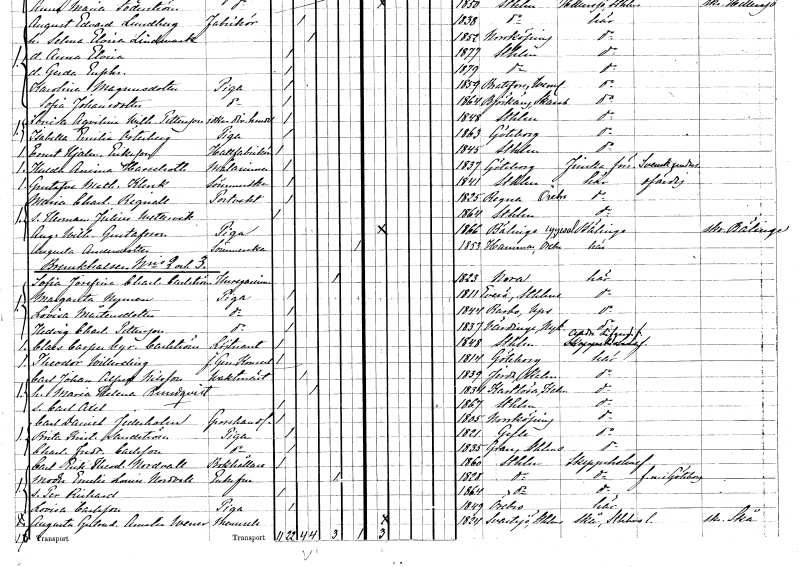
gt_parse: households: individuals: FN: Ernst Hjalmar
EN: Eriksson
YRKE: Hattfabrikör
KON: M
CIV: O
FODAR: 1845
FODFORS: Stockholm
FN: Hulda Amina
EN: Hasselroth
YRKE: Målarinna
KON: K
CIV: O
FODAR: 1837
FODFORS: Göteborg Göteborgs- och Bohuslän
FN: Gustafva Mathilda
EN: Klerck
YRKE: Sömmerska
KON: K
CIV: O
FODAR: 1841
FODFORS: Stockholm
FN: Maria Charlotta
EN: Regnell
YRKE: Portvakt
KON: K
CIV: O
FODAR: 1825
FODFORS: Regna Östergötlands län
FN: Herman Julius
EN: Wettervik
KON: M
CIV: O
FODAR: 1864
FODFORS: Stockholm
FN: Augusta Wilhelmina
EN: Gustafsson
YRKE: Piga
KON: K
CIV: O
FODAR: 1866
FODFORS: Bälinge Uppsala län
FN: Augusta
EN: Andersdotter
YRKE: Sömmerska
KON: K
CIV: X
FODAR: 1853
FODFORS: Hammar Örebro län
FN: Sofia Josefina Charlotta
EN: Carlström
YRKE: Husägarinna
KON: K
CIV: E
FODAR: 1823
FODFORS: Nora Örebro län
FN: Margareta
EN: Nyman
YRKE: Piga
KON: K
CIV: O
FODAR: 1811
FODFORS: Everö Stockholms län
FN: Lovisa
EN: Mårtensdotter
YRKE: Piga
KON: K
CIV: O
FODAR: 1844
FODFORS: Rasbo Uppsala län
FN: Hedvig Charlotta
EN: Pettersson
YRKE: Piga
KON: K
CIV: O
FODAR: 1837
FODFORS: Vårdinge Stockholms län
FN: Claes Casper Cyrillus
EN: Carlström
YRKE: Löjtnant
KON: M
CIV: O
FODAR: 1848
FODFORS: Stockholm
FN: Theodor
EN: Willerding
YRKE: Generalkonsul f.d.
KON: M
CIV: O
FODAR: 1814
FODFORS: Göteborg Göteborgs- och Bohuslän
FN: Carl Johan Alfred
EN: Nilsson
YRKE: Vaktmästare
KON: M
CIV: G
FODAR: 1839
FODFORS: Järeda Kalmar län
FN: Maria Helena
EN: Rundqvist
KON: K
CIV: G
FODAR: 1834
FODFORS: Kastlösa Kalmar län
FN: Carl Axel
KON: M
CIV: O
FODAR: 1867
FODFORS: Stockholm
FN: Carl Daniel
EN: Jederholm
YRKE: Grosshandlare
KON: M
CIV: O
FODAR: 1805
FODFORS: Norrköping Östergötlands län
FN: Brita Kristina
EN: Sandström
YRKE: Piga
KON: K
CIV: O
FODAR: 1821
FODFORS: Gävle Gävleborgs län
FN: Charlotta Fredrika
EN: Carlsson
YRKE: Piga
KON: K
CIV: O
FODAR: 1835
FODFORS: Övergran Uppsala län
FN: Carl Erik Theodor
EN: Nordvall
YRKE: Bokhållare
KON: M
CIV: O
FODAR: 1860
FODFORS: Stockholm
FN: Emelie Louise
EN: Nordvall
KON: K
CIV: E
FODAR: 1828
FODFORS: Stockholm
FN: Per Richard
KON: M
CIV: O
FODAR: 1864
FODFORS: Stockholm
FN: Lovisa
EN: Carlsson
YRKE: Piga
KON: K
CIV: O
FODAR: 1849
FODFORS: Örebro Örebro län
FN: Augusta Gertrud Amalia
EN: Werner
KON: K
CIV: O
FODAR: 1824
FODFORS: Sånga Stockholms län